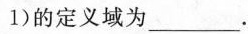
1)的定义域为_。